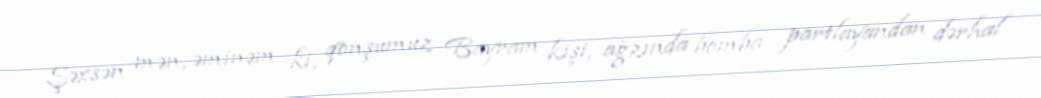
Şəxsən mən, əminəm ki, qonşumuz Bayram kişi, ağzında bomba partlayandan dərhal